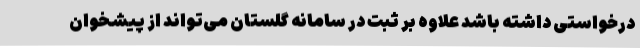
درخواستی داشته باشد علاوه بر ثبت در سامانه گلستان می‌تواند از پیشخوان